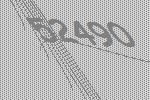
52490